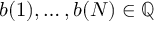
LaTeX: b ( 1 ) , \dots , b ( N ) \in \mathbb { Q }